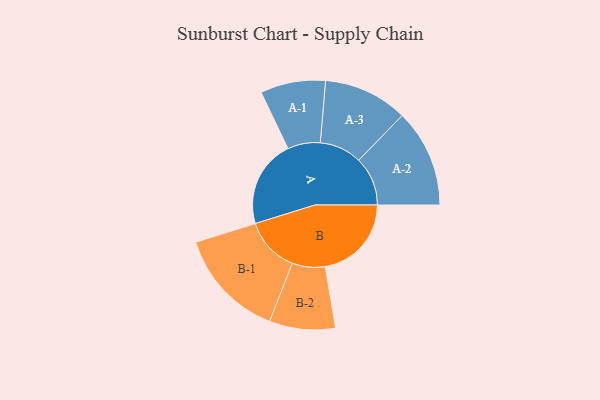
{"axis": {"x": "Segment", "y": "Value"}, "legend": ["", "A", "B"], "data": [{"x": "A", "y": 475, "type": ""}, {"x": "B", "y": 468, "type": ""}, {"x": "A-1", "y": 177, "type": "A"}, {"x": "A-2", "y": 266, "type": "A"}, {"x": "A-3", "y": 229, "type": "A"}, {"x": "B-1", "y": 299, "type": "B"}, {"x": "B-2", "y": 179, "type": "B"}]}